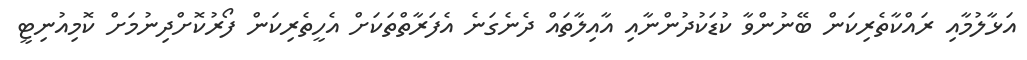
އަޅާލުމާއި ރައްކާތެރިކަން ބޭނުންވާ ކުޑަކުދުންނާއި އާއިލާތައް ދެނެގަނެ އެފަރާތްތަކަށް އެހީތެރިކަން ފޯރުކޮށްދިނުމަށް ކޮމިއުނިޓީ